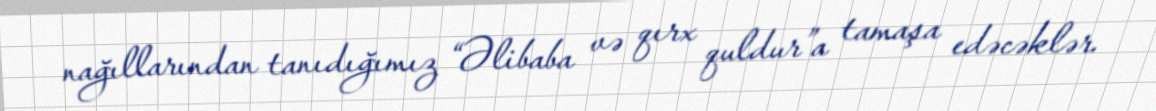
nağıllarından tanıdığımız “Əlibaba və qırx quldur”a tamaşa edəcəklər.